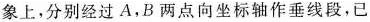
象上，分别经过A，B两点向坐标轴作垂线段，已